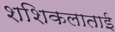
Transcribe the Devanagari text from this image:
शशिकलाताई